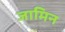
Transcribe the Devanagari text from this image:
जामिन